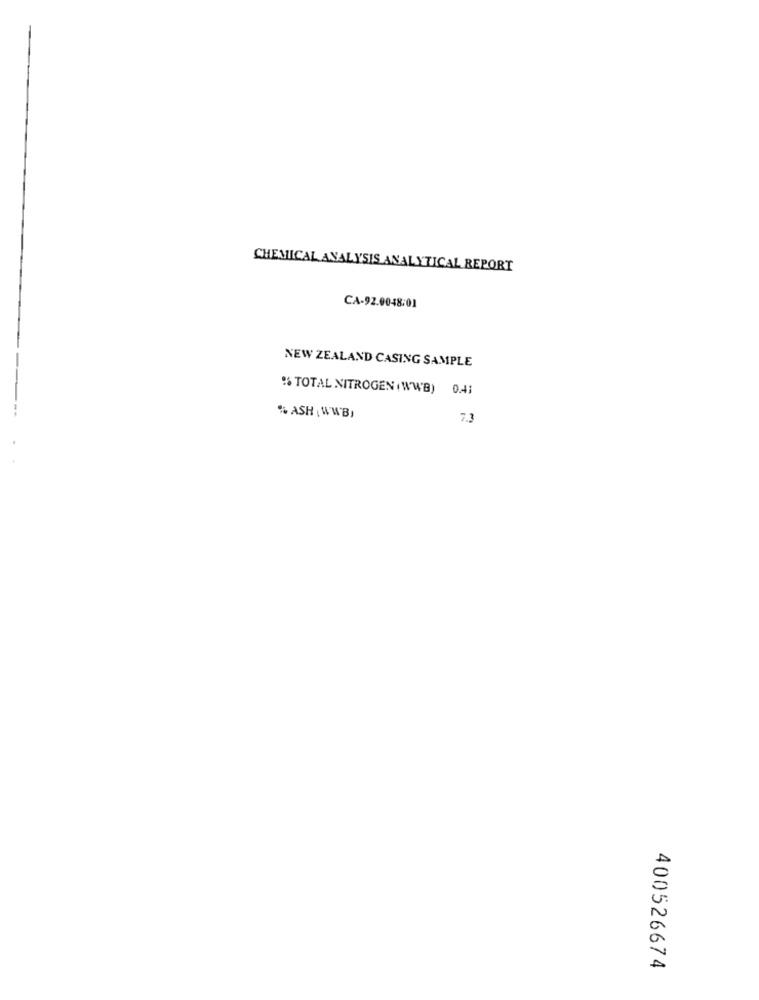
CHEMICAL ANALYSIS ANALYTICAL REPORT
CA-92.0048:01
NEW ZEALAND CASING SAMPLE
% TOTAL NITROGEN ( WWB) 0.41
% ASH ( WWB)
7.3
400526674